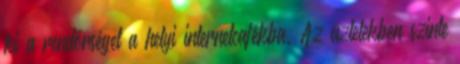
ki a rendőrséget a helyi internetcafékba. Az üzletekben szinte